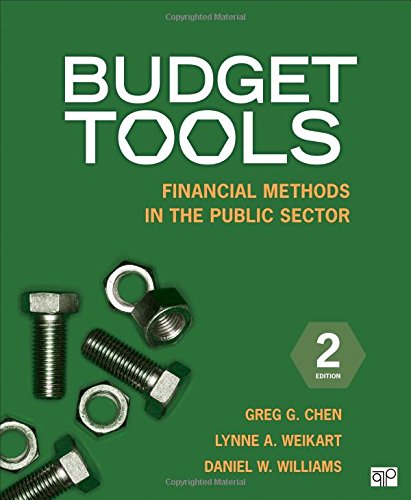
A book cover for Budget Tools; Financial Methods in the Public Sector; Business & Money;